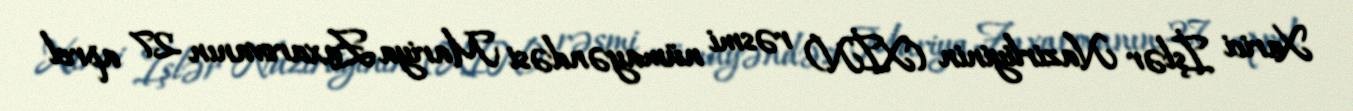
Xarici İşlər Nazirliyinin (XİN) rəsmi nümayəndəsi Mariya Zaxarovanın 27 aprel